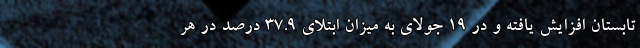
تابستان افزایش یافته و در ۱۹ جولای به میزان ابتلای ۳۷.۹ درصد در هر